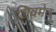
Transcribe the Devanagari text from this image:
शिवमेव